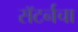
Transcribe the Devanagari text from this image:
सॅटर्नचा